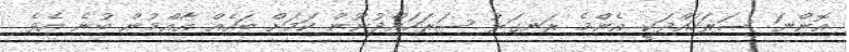
އޮންނަ ސަރަހައްދަކީ އެންމެ ރަނގަޅު ސަރަހައްދުނޫން ކަމަށް ބައެއް އާއްމުން ބުނެ އެވެ.